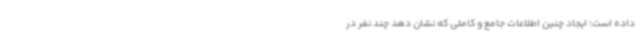
داده است؛ ایجاد چنین اطلاعات جامع و کاملی که نشان دهد چند نفر در